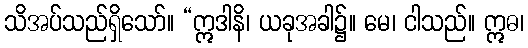
သိအပ်သည်ရှိသော်။ “ဣဒါနိ၊ ယခုအခါ၌။ မေ၊ ငါသည်။ ဣဓ၊